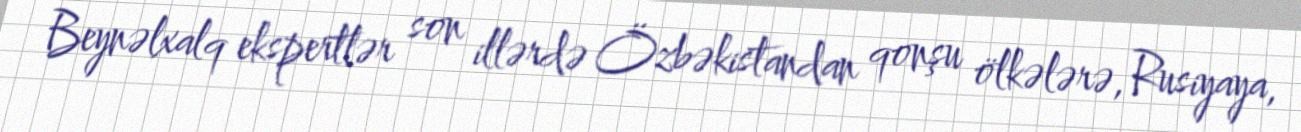
Beynəlxalq ekspertlər son illərdə Özbəkistandan qonşu ölkələrə, Rusiyaya,